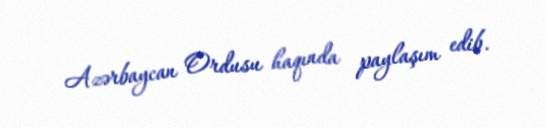
Azərbaycan Ordusu haqında paylaşım edib.